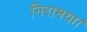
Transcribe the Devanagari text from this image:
निरामया।